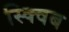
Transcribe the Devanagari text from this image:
स्क्विब